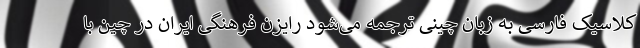
کلاسیک فارسی به زبان چینی ترجمه می‌شود رایزن فرهنگی ایران در چین با